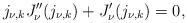
LaTeX: \begin{align*}{j_{\nu,k}}J_\nu''(j_{\nu,k})+J_\nu'(j_{\nu,k})=0,\end{align*}